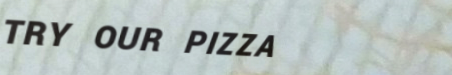
TRY OUR PIZZA